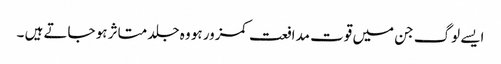
ایسے لوگ جن میں قوت مدافعت کمزور ہو وہ جلد متاثر ہو جاتے ہیں ۔